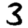
Digit: 3